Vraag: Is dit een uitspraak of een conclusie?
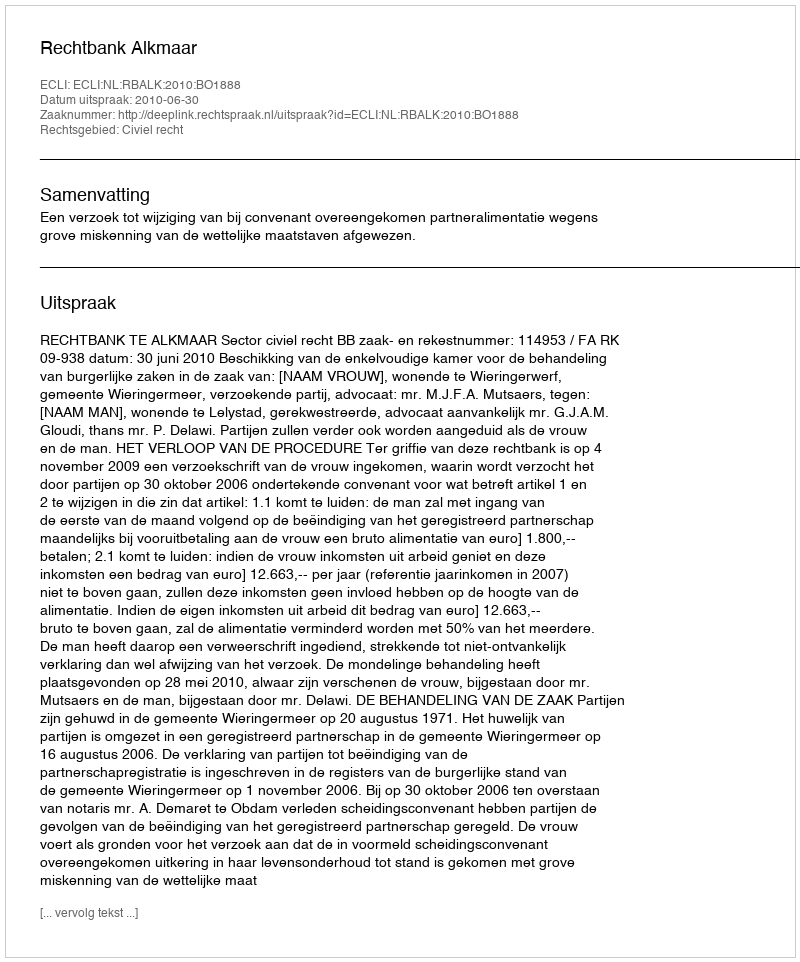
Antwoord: Uitspraak